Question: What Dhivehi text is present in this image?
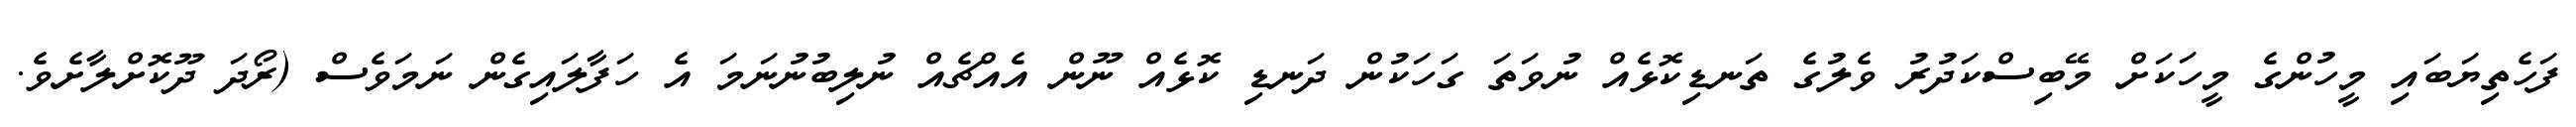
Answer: ފަހެތިޔަބައި މީހުންގެ މީހަކަށް މޭބިސްކަދުރު ވެލުގެ ތަނޑިކޮޅެއް ނުވަތަ ގަހަކުން ދަނޑި ކޮޅެއް ނޫން އެއްޗެއް ނުލިބުނުނަމަ އެ ހަފާލައިގެން ނަމަވެސް (ރޯދަ ދޫކޮށްލާށެވެ.